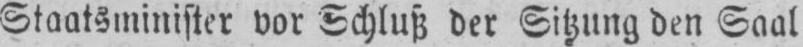
Staatsminister vor Schluß der Sitzung den Saal